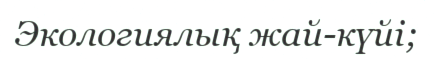
Экологиялық жай-күйі;